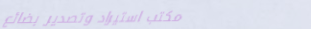
مكتب استيراد وتصدير بضائع